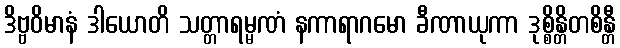
ဒိဗ္ဗဝိမာနံ ဒါယောတိ သတ္တာရမ္မဏံ နကာရာဂမော ခီဏာယုကာ ဒုစ္စိန္တိတစိန္တီ